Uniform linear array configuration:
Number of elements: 48
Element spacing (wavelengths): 0.75
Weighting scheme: hann
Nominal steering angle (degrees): -45
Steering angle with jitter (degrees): -44.528
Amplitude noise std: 0.05
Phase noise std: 0.05

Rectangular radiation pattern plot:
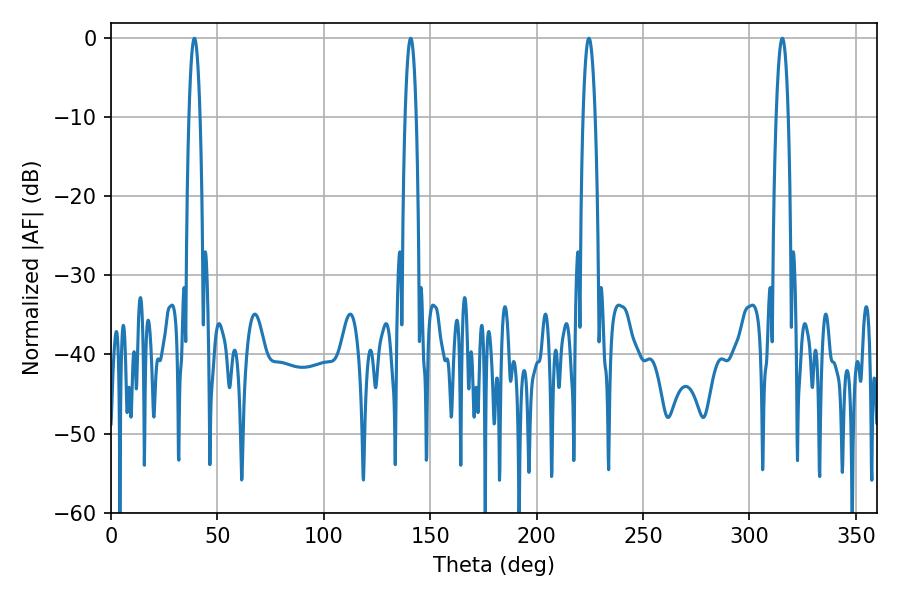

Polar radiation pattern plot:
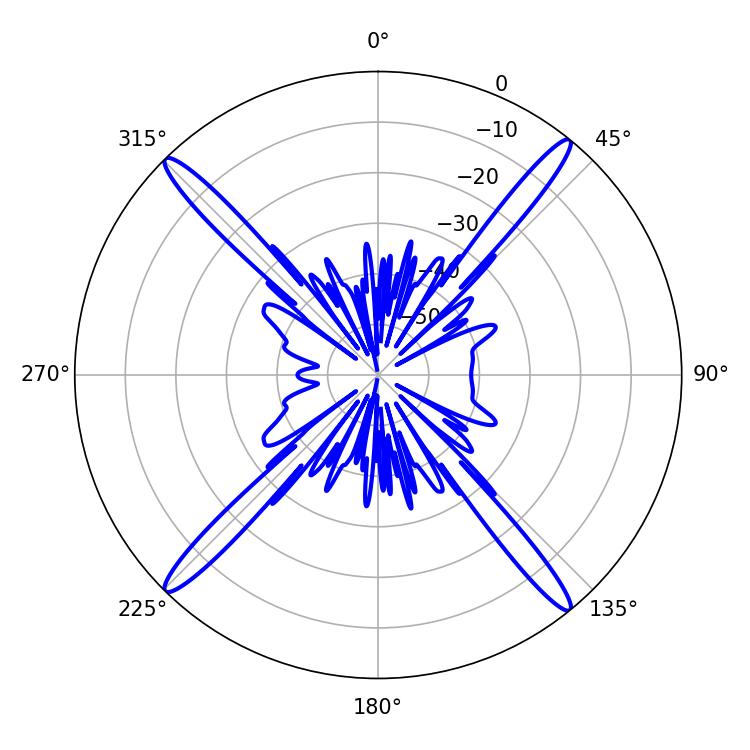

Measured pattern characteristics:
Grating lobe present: TRUE
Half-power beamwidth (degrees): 2.88
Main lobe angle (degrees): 39.24